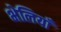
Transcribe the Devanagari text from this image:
भेलियाँ